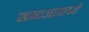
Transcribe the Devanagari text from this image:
समाजामध्‍ये